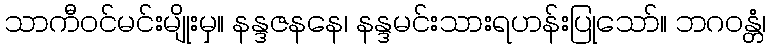
သာကီဝင်မင်းမျိုးမှ။ နန္ဒဇနနေ၊ နန္ဒမင်းသားရဟန်းပြုသော်။ ဘဂဝန္တံ၊